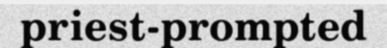
priest-prompted